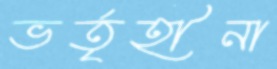
ভর্তৃহীনা